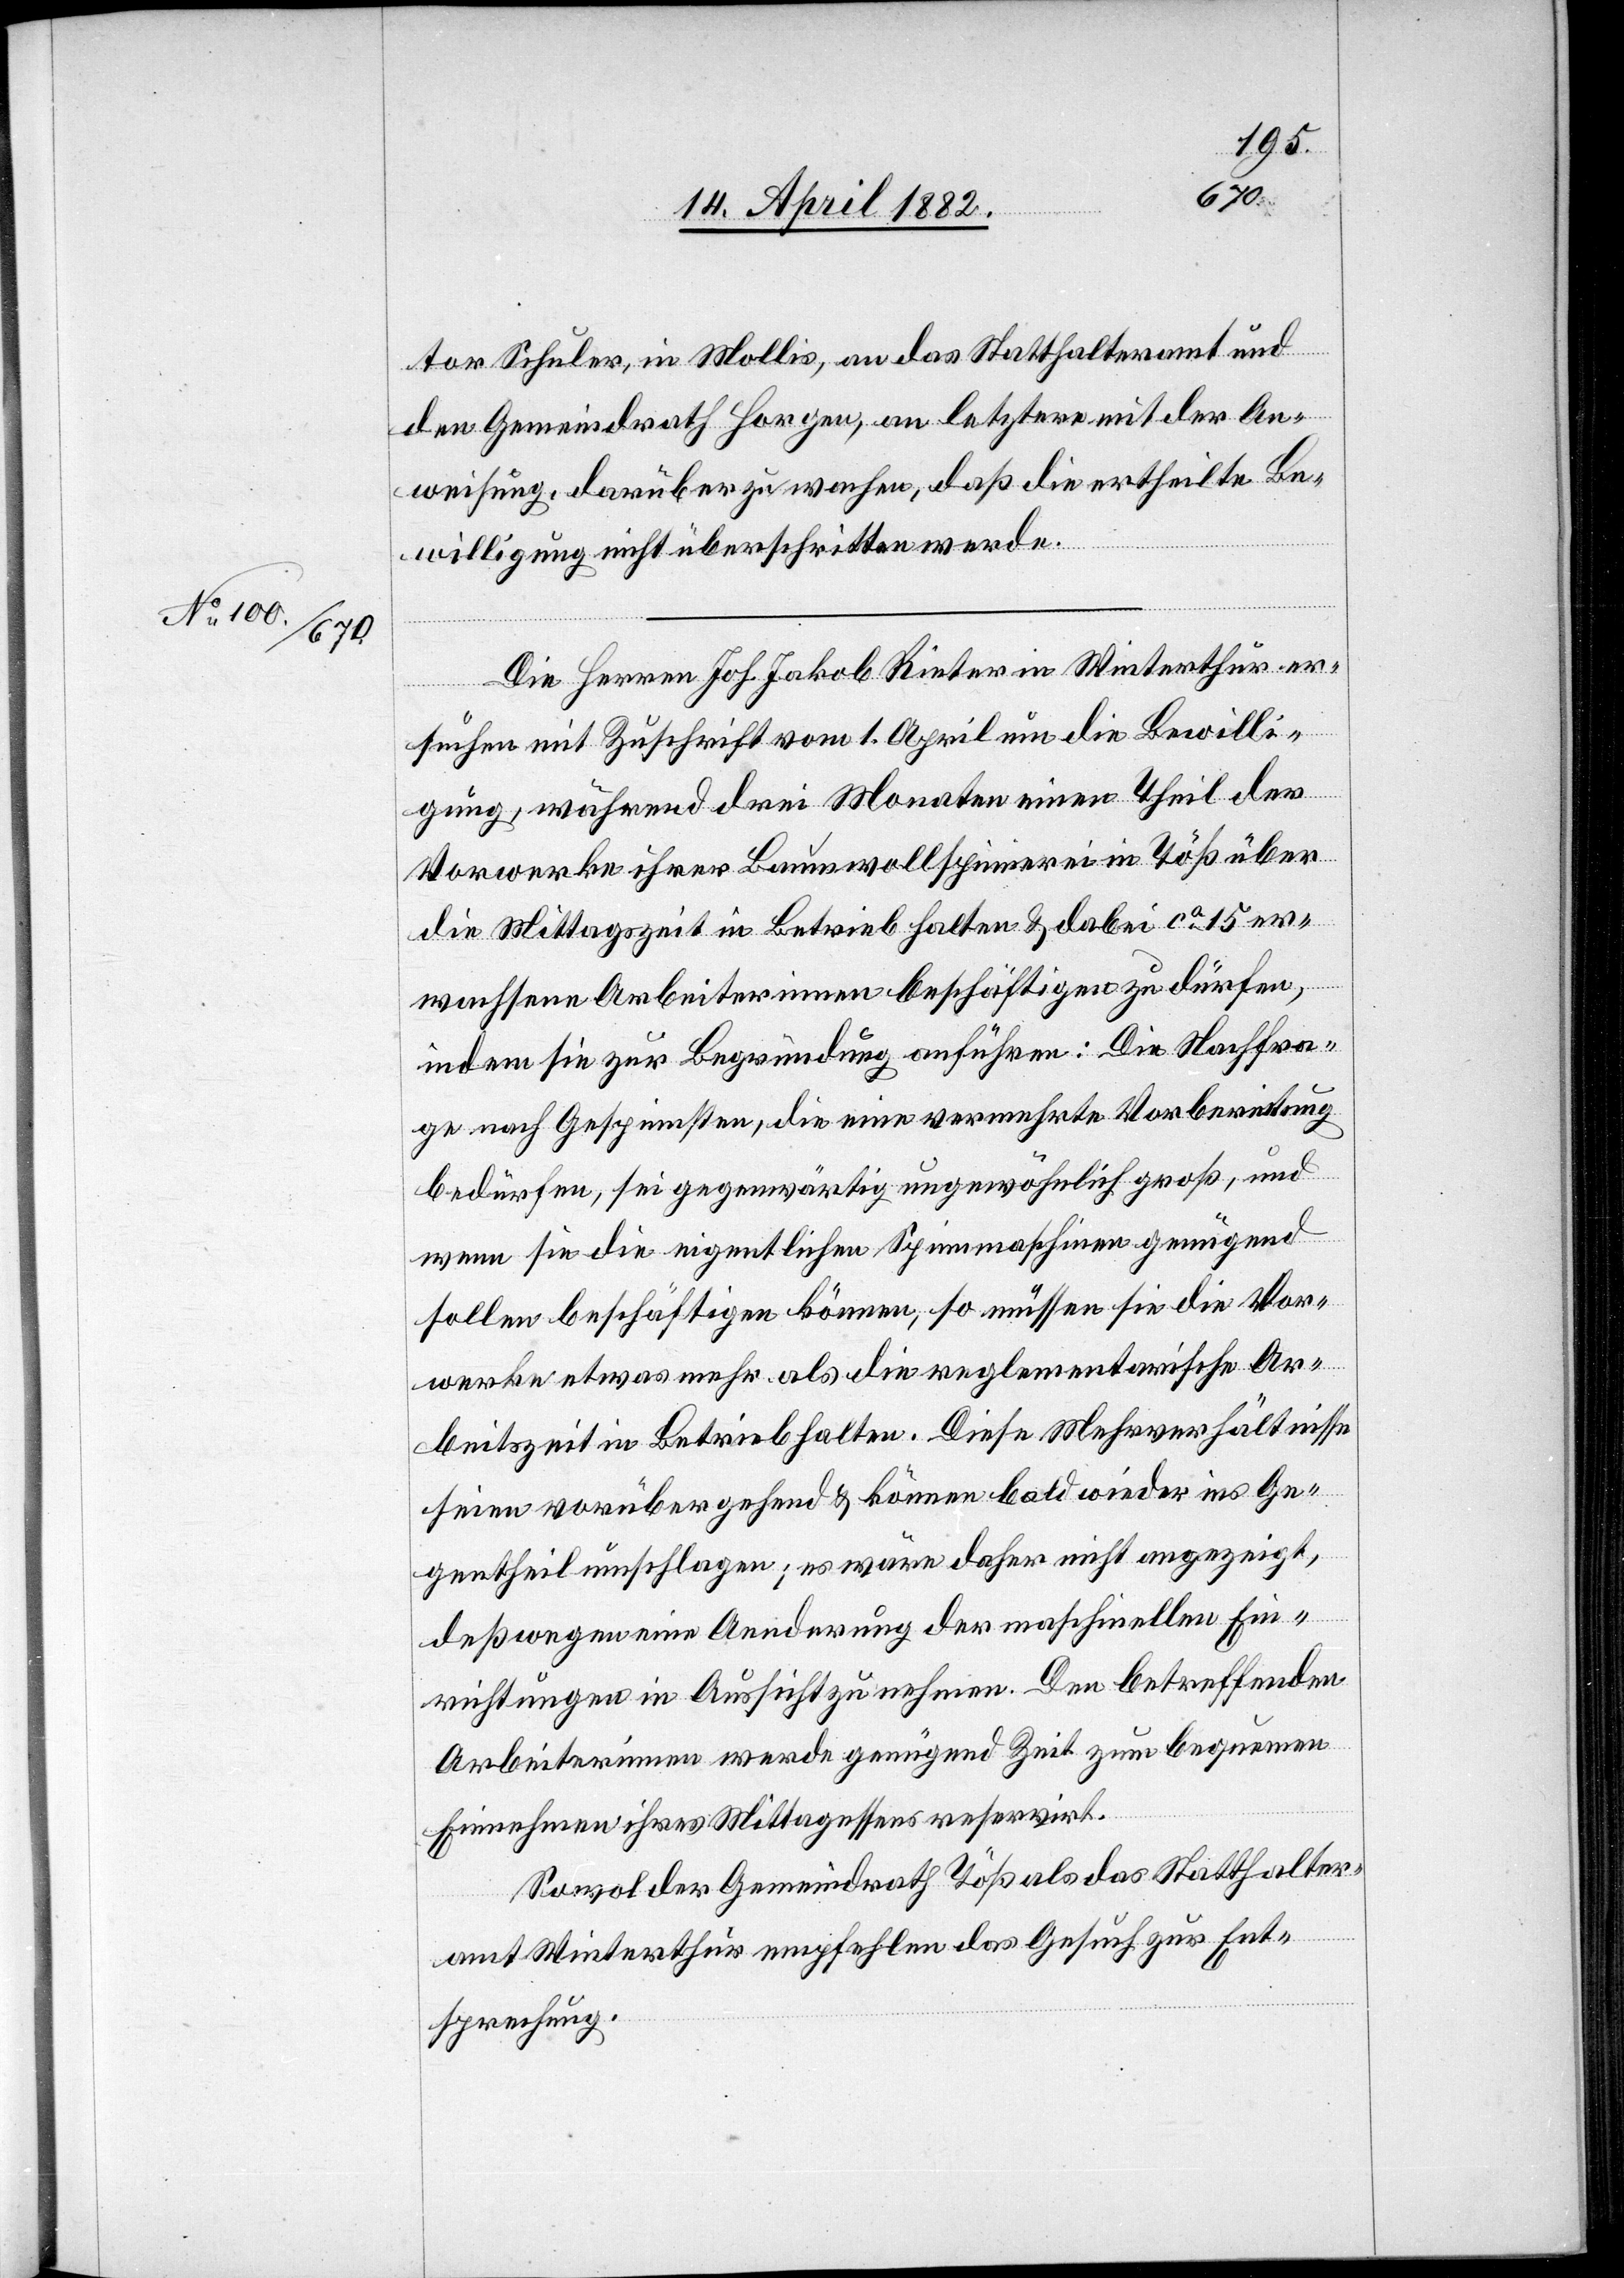
tor Schuler, in Mollis, an das Statthalteramt und
den Gemeindrath Horgen, an letztere mit der An¬
weisung, darüber zu wachen, daß die ertheilte Be¬
willigung nicht überschritten werde.
Die Herren Joh. Jakob Rieter in Winterthur er¬
suchen mit Zuschrift vom 1. April um die Bewilli¬
gung, während drei Monaten einen Theil der
Vorwerke ihrer Baumwollspinnerei in Töß über
die Mittagszeit in Betrieb halten & dabei ca 15 er¬
wachsene Arbeiterinnen beschäftigen zu dürfen,
indem sie zur Begründung anführen: Die Nachfra¬
ge nach Gespinnsten, die eine vermehrte Vorbereitung
bedürfen, sei gegenwärtig ungewöhnlich groß, und
wenn sie die eigentlichen Spinnmaschinen genügend
sollen beschäftigen können, so müssen sie die Vor¬
werke etwas mehr als die reglementarische Ar¬
beitszeit in Betrieb halten. diese Mehrverhältnisse
seien vorübergehend & können bald wieder ins Ge¬
gentheil umschlagen; es wäre daher nicht angezeigt,
deßwegen eine Aenderung der maschinellen Ein¬
richtungen in Aussicht zu nehmen. Den betreffenden
Arbeiterinnen werde genügend Zeit zum bequemen
Einnehmen ihres Mittagessens reservirt.
Sowol der Gemeindrath Töß als das Statthalter¬
amt Winterthur empfehlen das Gesuch zur Ent¬
sprechung.